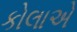
કોલાએ